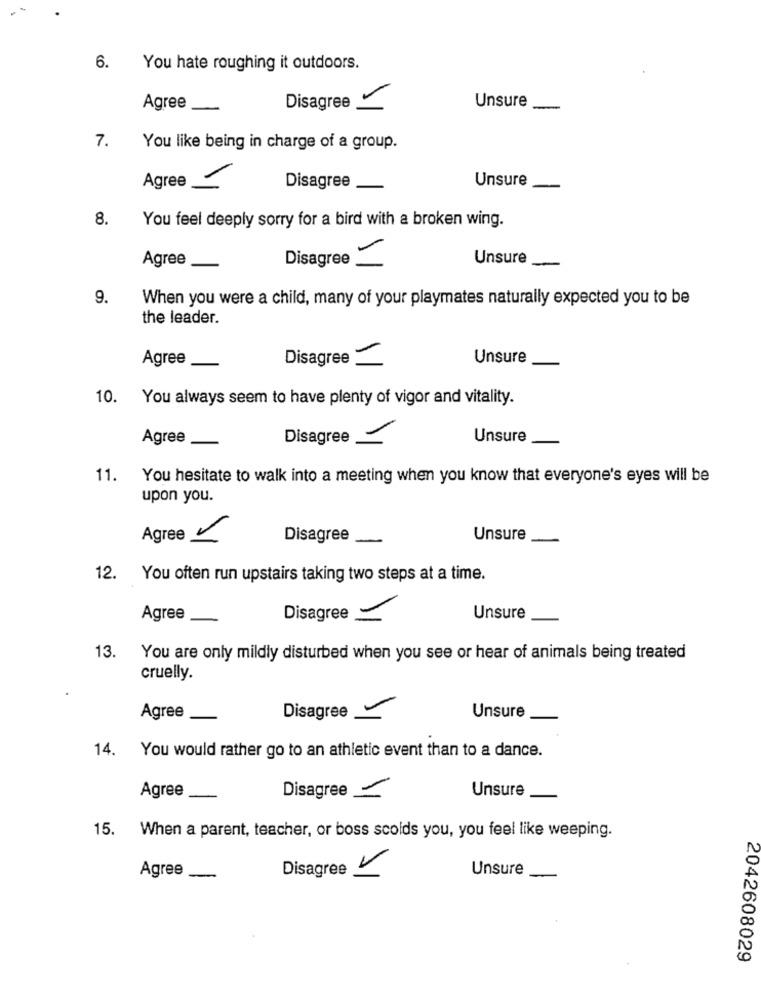
6.
You hate roughing it outdoors.
Agree
Disagree
Unsure
-
7.
You like being in charge of a group.
Unsure
Agree -
Disagree
8.
You feel deeply sorry for a bird with a broken wing.
Agree
Unsure
Disagree-
9.
When you were a child, many of your playmates naturally expected you to be
the leader.
Agree
Disagree _
Unsure
10.
You always seem to have plenty of vigor and vitality.
Agree
Disagree
Unsure
11.
You hesitate to walk into a meeting when you know that everyone's eyes will be
upon you.
Agree -
Disagree
Unsure
12. You often run upstairs taking two steps at a time.
Agree
Disagree
Unsure
13.
You are only mildly disturbed when you see or hear of animals being treated
cruelly.
Agree
Disagree
Unsure
14. You would rather go to an athletic event than to a dance.
Agree
Disagree -
Unsure
15. When a parent, teacher, or boss scolds you, you feel like weeping.
Unsure
Agree
-
Disagree -
2042608029